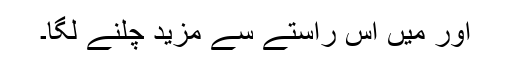
اور میں اس راستے سے مزید چلنے لگا۔